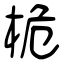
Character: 桅